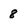
Character: 8